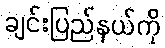
ချင်းပြည်နယ်ကို